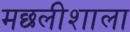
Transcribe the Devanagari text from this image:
मछलीशाला